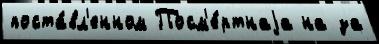
поста́вл'енном Посм'е́ртнаjа на за